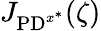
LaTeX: J_{\mathrm{PD}^{x^{*}}}(\zeta)